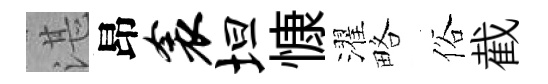
湛昂衾坦慷濯略俗截